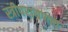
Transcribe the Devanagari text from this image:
स्त्रीपरायणता